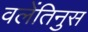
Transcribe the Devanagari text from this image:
वलेंतिनुस